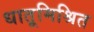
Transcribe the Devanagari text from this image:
धातूमिश्रित